Indian journal of veterinary science and animal husbandry - Volumes 26-27, 1956-1957
Year: 1956
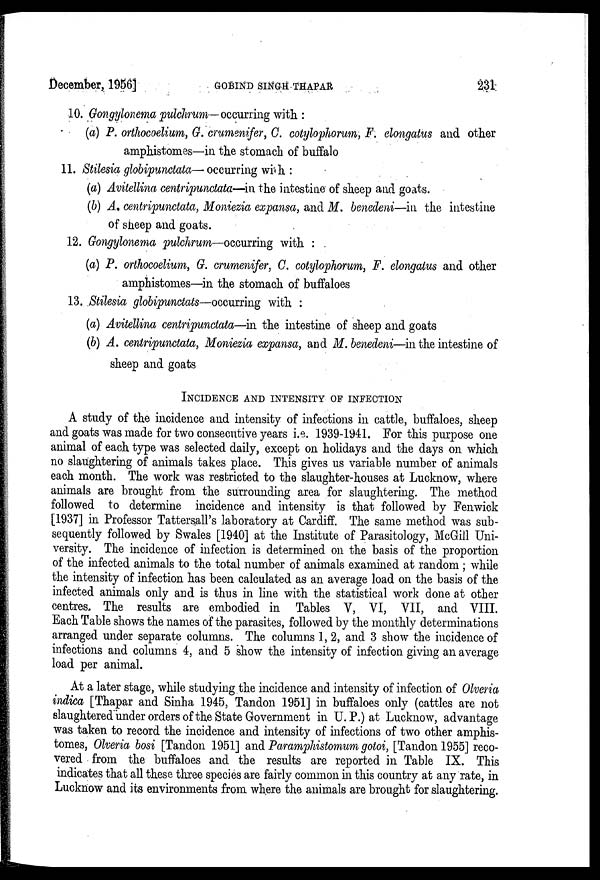
December, 1956]
GOBIND
SINGH
THAPAR
231
10. Gongylonema pulchrum—occurring with.:
(a) P. orthocoelium, G. crumenifer, C. cotylophorum, F. elongatus and other
amphistomes—in the stomach of buffalo
11. Stilesia globipunctata— occurring with:
(a) Avitellina centripunctata—in the intestine of sheep and goats.
(b) A. centripunctata, Moniezia expansa, and M. benedeni—in the intestine
of sheep and goats.
12. Gongylonema pulchrum—occurring with :
(a) P. orthocoelium, G. crumenifer, C. cotylophorum, F. elongatus and other
amphistomes—in the stomach of buffaloes
13. Stilesia globipunctats—occurring with :
(a) Avitellina centripunctata—in the intestine of sheep and goats
(b) A. centripunctata, Moniezia expansa, and M. benedeni—in the intestine of
sheep and goats
INCIDENCE AND INTENSITY OF INFECTION
A study of the incidence and intensity of infections in cattle, buffaloes, sheep
and goats was made for two consecutive years i.e. 1939-1941. For this purpose one
animal of each type was selected daily, except on holidays and the days on which
no slaughtering of animals takes place. This gives us variable number of animals
each month. The work was restricted to the slaughter-houses at Lucknow, where
animals are brought from the surrounding area for slaughtering. The method
followed to determine incidence and intensity is that followed by Fenwick
[1937] in Professor Tattersall's laboratory at Cardiff. The same method was sub-
sequently followed by Swales [1940] at the Institute of Parasitology, McGill Uni-
versity. The incidence of infection is determined on the basis of the proportion
of the infected animals to the total number of animals examined at random ; while
the intensity of infection has been calculated as an average load on the basis of the
infected animals only and is thus in line with the statistical work done at other
centres. The results are embodied in Tables V, VI, VII, and VIII.
Each Table shows the names of the parasites, followed by the monthly determinations
arranged under separate columns. The columns 1, 2, and 3 show the incidence of
infections and columns 4, and 5 show the intensity of infection giving an average
load per animal.
At a later stage, while studying the incidence and intensity of infection of Olveria
indica [Thapar and Sinha 1945, Tandon 1951] in buffaloes only (cattles are not
slaughtered under orders of the State Government in U. P.) at Lucknow, advantage
was taken to record the incidence and intensity of infections of two other amphis-
tomes, Olveria bosi [Tandon 1951] and Paramphistomum gotoi, [Tandon 1955] reco-
vered from the buffaloes and the results are reported in Table IX. This
indicates that all these three species are fairly common in this country at any rate, in
Lucknow and its environments from where the animals are brought for slaughtering.